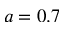
a = 0 . 7